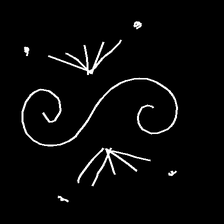
Glyph: aeroform